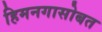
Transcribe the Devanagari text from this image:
हिमनगासोबत